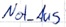
Text: Not_Aus